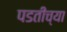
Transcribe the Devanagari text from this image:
पडतीच्या